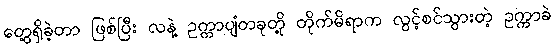
တွေ့ရှိခဲ့တာ ဖြစ်ပြီး လနဲ့ ဥက္ကာပျံတခုတို့ တိုက်မိရာက လွင့်စင်သွားတဲ့ ဥက္ကာခဲ